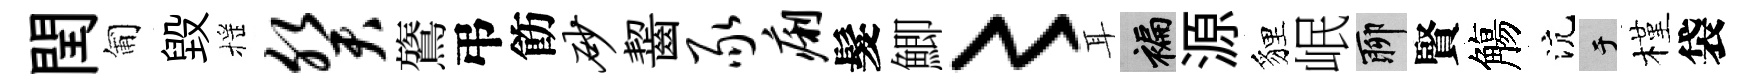
閏匍毁摇癸鷟弔飭砂齧豕痢髮鯽〻耳褊源貍岷聊賢觴沆于槿袋